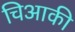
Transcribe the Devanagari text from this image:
चिआकी